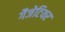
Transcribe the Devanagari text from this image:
गैजेटियर